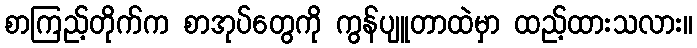
စာကြည့်တိုက်က စာအုပ်တွေကို ကွန်ပျူတာထဲမှာ ထည့်ထားသလား။